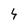
Character: 4